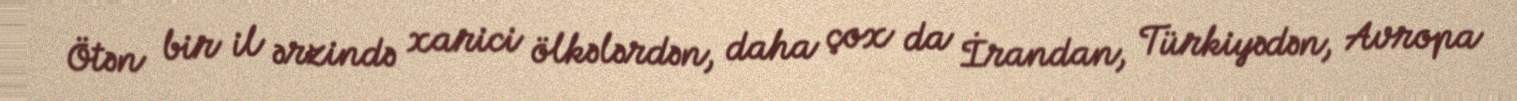
Ötən bir il ərzində xarici ölkələrdən, daha çox da İrandan, Türkiyədən, Avropa